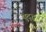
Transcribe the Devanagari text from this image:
युद्द्ध